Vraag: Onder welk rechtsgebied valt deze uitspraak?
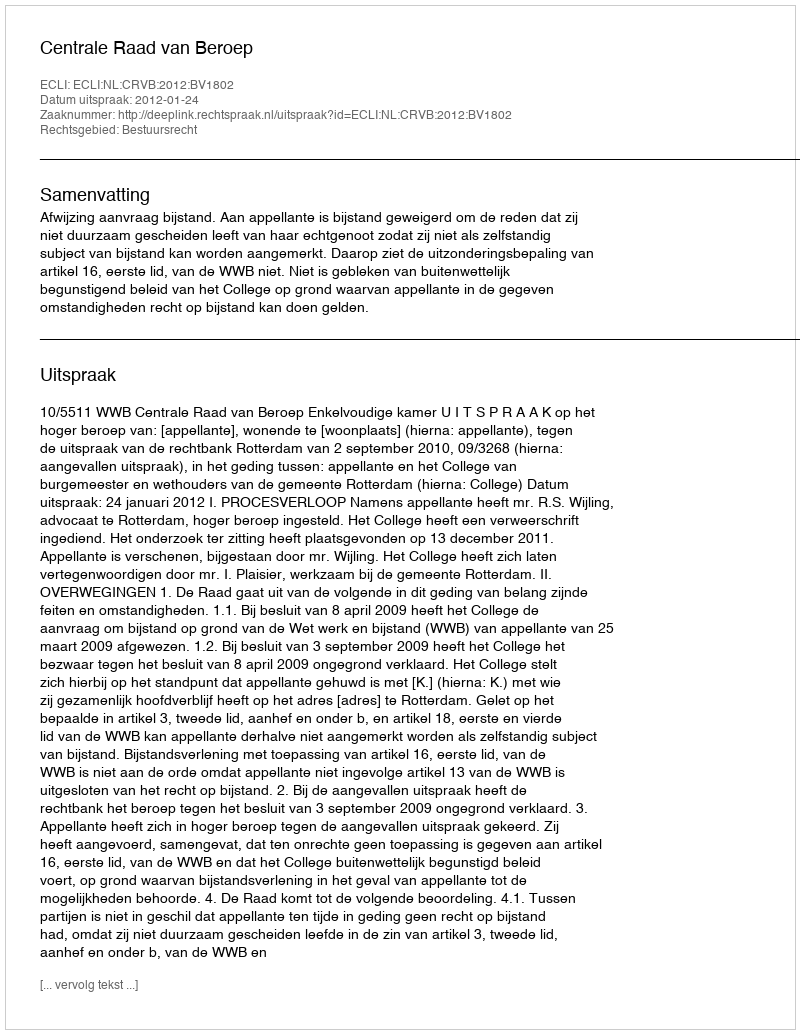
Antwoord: Bestuursrecht